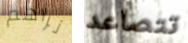
نراهم تتصاعد